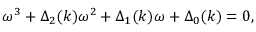
\omega ^ { 3 } + \Delta _ { 2 } ( k ) \omega ^ { 2 } + \Delta _ { 1 } ( k ) \omega + \Delta _ { 0 } ( k ) = 0 ,